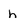
Character: h